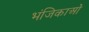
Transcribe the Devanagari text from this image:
भंजिकाओं